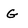
Character: g